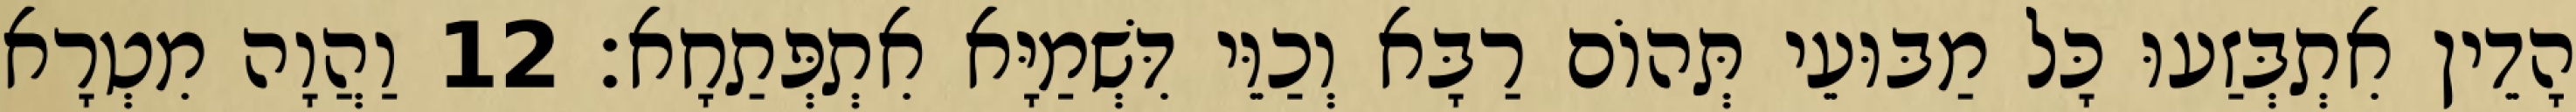
הָדֵין אִתְבְּזַעוּ כָּל מַבּוּעֵי תְּהוֹם רַבָּא וְכַוֵּי דִּשְׁמַיָּא אִתְפְּתַחָא׃ 12 וַהֲוָה מִטְרָא